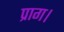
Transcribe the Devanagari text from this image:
प्राग।